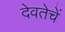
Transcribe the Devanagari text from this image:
देवतेचें